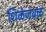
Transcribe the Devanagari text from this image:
शिळेजवळ